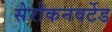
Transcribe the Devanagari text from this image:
सेरोकनवर्टेड